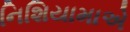
નિશિયામાએ